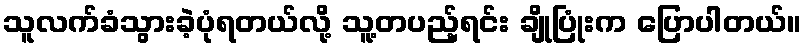
သူလက်ခံသွားခဲ့ပုံရတယ်လို့ သူ့တပည့်ရင်း ချိုပြုံးက ပြောပါတယ်။